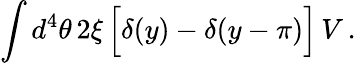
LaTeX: \int d^{4}\theta\, 2\xi\, \Big[\delta(y)-\delta(y-\pi)\Big]\, V\, .